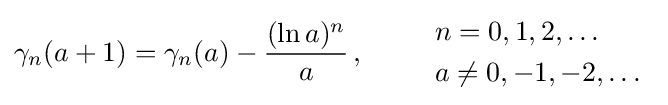
\gamma _{n}(a+1)=\gamma _{n}(a)-{\frac {(\ln a)^{n}}{a}}\,,\qquad {\begin{array}{l}n=0,1,2,\ldots \\[1mm]a\neq 0,-1,-2,\ldots \end{array}}